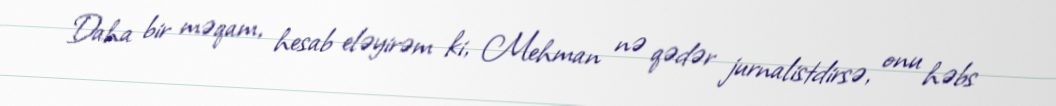
Daha bir məqam, hesab eləyirəm ki, Mehman nə qədər jurnalistdirsə, onu həbs